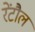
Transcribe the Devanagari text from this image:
रेंटौल